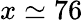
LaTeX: x\simeq 76